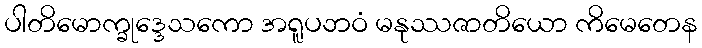
ပါတိမောက္ခုဒ္ဒေသကော အရူပဘဝံ မနုဿဇာတိယော ကိမေတေန